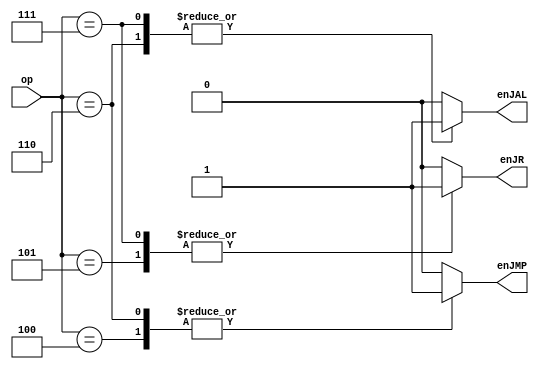
module jump_sel (op, enJMP, enJR, enJAL);

  input [4:0] op;
  output reg enJMP;
  output reg enJR;
  output reg enJAL;


  always @(*) begin
    case (op)

      5'b00100: begin
        enJMP = 1'b1;
        enJR = 1'b0;
        enJAL = 1'b0;
      end
      
      
      5'b00110: begin
        enJMP = 1'b1;
        enJR = 1'b0;
        enJAL = 1'b1;
      end

      5'b00101: begin
        enJMP = 1'b0;
        enJR = 1'b1;
        enJAL = 1'b0;
      end

      5'b00111: begin
        enJMP = 1'b0;
        enJR = 1'b1;
        enJAL = 1'b1;
      end
// null case
      default: begin
        enJMP = 1'b0;
        enJR = 1'b0;
        enJAL = 1'b0;
      end
    endcase
  end
endmodule